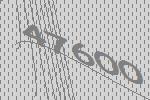
47600